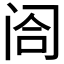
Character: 𬮤